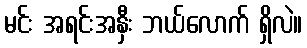
မင်း အရင်းအနှီး ဘယ်လောက် ရှိလဲ။